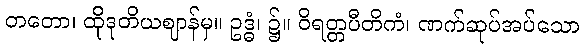
တတော၊ ထိုဒုတိယဈာန်မှ။ ဥဒ္ဓံ၊ ၌။ ဝိရတ္တပီတိကံ၊ ဏက်ဆုပ်အပ်သော